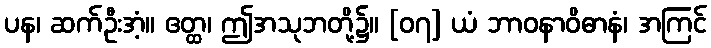
ပန၊ ဆက်ဦးအံ့။ ဧတ္ထ၊ ဤအသုဘတို့၌။ [၀၇] ယံ ဘာဝနာဝိဓာနံ၊ အကြင်